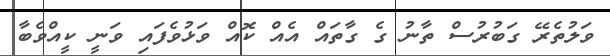
ވަލުތެރޭ ގަބުރުސް ތާނު ގެ ގާތައް އެއް ކޮއް ވަޅުވެފައި ވަނީ ކީއްވެބާ